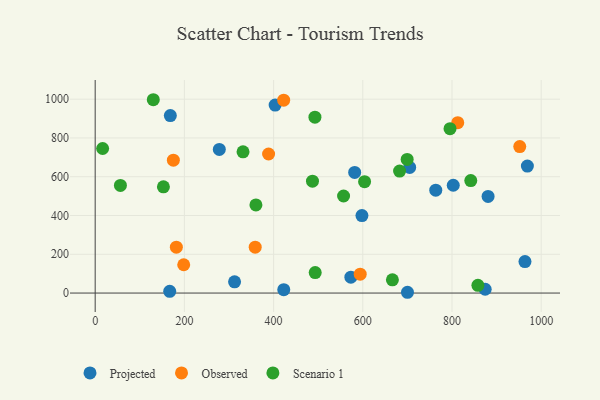
{"axis": {"x": "Ad Spend", "y": "Fuel Efficiency"}, "legend": ["Observed", "Projected", "Scenario 1"], "data": [{"x": "874.4", "y": 19.7, "type": "Projected"}, {"x": "963.6", "y": 162.2, "type": "Projected"}, {"x": "763.6", "y": 530.5, "type": "Projected"}, {"x": "167.1", "y": 9.0, "type": "Projected"}, {"x": "312.5", "y": 57.8, "type": "Projected"}, {"x": "700.2", "y": 4.0, "type": "Projected"}, {"x": "278.3", "y": 740.9, "type": "Projected"}, {"x": "581.8", "y": 622.4, "type": "Projected"}, {"x": "168.5", "y": 915.7, "type": "Projected"}, {"x": "403.5", "y": 969.9, "type": "Projected"}, {"x": "802.8", "y": 556.0, "type": "Projected"}, {"x": "573.3", "y": 82.1, "type": "Projected"}, {"x": "969.0", "y": 655.1, "type": "Projected"}, {"x": "880.9", "y": 498.6, "type": "Projected"}, {"x": "705.1", "y": 648.3, "type": "Projected"}, {"x": "598.1", "y": 399.5, "type": "Projected"}, {"x": "422.8", "y": 17.6, "type": "Projected"}, {"x": "388.8", "y": 717.4, "type": "Observed"}, {"x": "594.2", "y": 97.2, "type": "Observed"}, {"x": "422.6", "y": 995.0, "type": "Observed"}, {"x": "358.8", "y": 236.4, "type": "Observed"}, {"x": "812.9", "y": 879.0, "type": "Observed"}, {"x": "198.5", "y": 145.9, "type": "Observed"}, {"x": "951.9", "y": 755.7, "type": "Observed"}, {"x": "182.0", "y": 236.8, "type": "Observed"}, {"x": "175.3", "y": 685.5, "type": "Observed"}, {"x": "858.1", "y": 39.7, "type": "Scenario 1"}, {"x": "153.0", "y": 548.2, "type": "Scenario 1"}, {"x": "682.5", "y": 629.3, "type": "Scenario 1"}, {"x": "56.6", "y": 555.2, "type": "Scenario 1"}, {"x": "666.4", "y": 68.4, "type": "Scenario 1"}, {"x": "492.7", "y": 907.5, "type": "Scenario 1"}, {"x": "795.6", "y": 847.7, "type": "Scenario 1"}, {"x": "16.7", "y": 745.7, "type": "Scenario 1"}, {"x": "360.4", "y": 454.8, "type": "Scenario 1"}, {"x": "842.1", "y": 580.2, "type": "Scenario 1"}, {"x": "699.5", "y": 689.4, "type": "Scenario 1"}, {"x": "556.9", "y": 500.7, "type": "Scenario 1"}, {"x": "493.3", "y": 105.7, "type": "Scenario 1"}, {"x": "331.5", "y": 728.5, "type": "Scenario 1"}, {"x": "604.0", "y": 574.5, "type": "Scenario 1"}, {"x": "130.3", "y": 997.3, "type": "Scenario 1"}, {"x": "487.2", "y": 577.3, "type": "Scenario 1"}]}